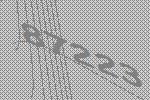
87223